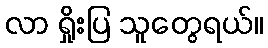
လာ ရှိုးပြ သူတွေရယ်။